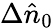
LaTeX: \Delta\hat{n}_{0}